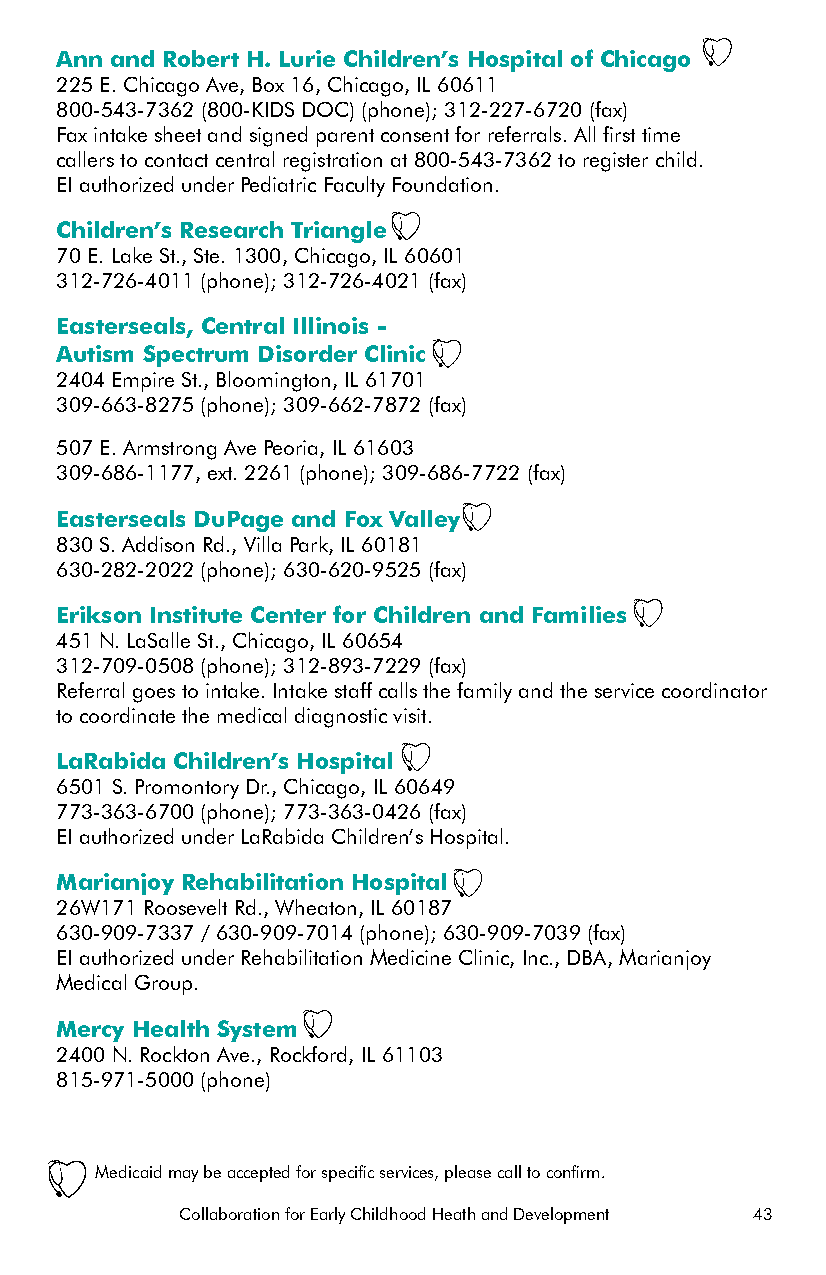
Ann and Robert H. Lurie Children’s Hospital of Chicago
 225 E. Chicago Ave, Box 16, Chicago, IL 60611
 800-543-7362 (800-KIDS DOC) (phone); 312-227-6720 (fax)
 Fax intake sheet and signed parent consent for referrals. All first time
 callers to contact central registration at 800-543-7362 to register child.
 EI authorized under Pediatric Faculty Foundation.
 Children’s Research Triangle
 70 E. Lake St., Ste. 1300, Chicago, IL 60601
 312-726-4011 (phone); 312-726-4021 (fax)
 Easterseals, Central Illinois -
 Autism Spectrum Disorder Clinic
 2404 Empire St., Bloomington, IL 61701
 309-663-8275 (phone); 309-662-7872 (fax)
 507 E. Armstrong Ave Peoria, IL 61603
 309-686-1177, ext. 2261 (phone); 309-686-7722 (fax)
 Easterseals DuPage and Fox Valley
 830 S. Addison Rd., Villa Park, IL 60181
 630-282-2022 (phone); 630-620-9525 (fax)
 Erikson Institute Center for Children and Families
 451 N. LaSalle St., Chicago, IL 60654
 312-709-0508 (phone); 312-893-7229 (fax)
 Referral goes to intake. Intake staff calls the family and the service coordinator
 to coordinate the medical diagnostic visit.
 LaRabida Children’s Hospital
 6501 S. Promontory Dr., Chicago, IL 60649
 773-363-6700 (phone); 773-363-0426 (fax)
 EI authorized under LaRabida Children’s Hospital.
 Marianjoy Rehabilitation Hospital
 26W171 Roosevelt Rd., Wheaton, IL 60187
 630-909-7337 / 630-909-7014 (phone); 630-909-7039 (fax)
 EI authorized under Rehabilitation Medicine Clinic, Inc., DBA, Marianjoy
 Medical Group.
 Mercy Health System
 2400 N. Rockton Ave., Rockford, IL 61103
 815-971-5000 (phone)
 Medicaid may be accepted for specific services, please call to confirm.
 Collaboration for Early Childhood Heath and Development 43